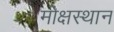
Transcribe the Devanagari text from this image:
मोक्षस्थान